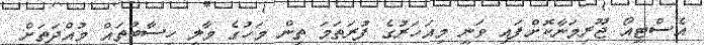
އެސްޓީއޯ ޖޫރިމަނާކޮށްފައި ވަނީ މިއަހަރުގެ ފުރަތަމަ ތިން މަހުގެ މާލީ ހިސާބުތައް މުއްދަތަށް